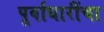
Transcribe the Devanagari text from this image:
पूर्वाधारींचा